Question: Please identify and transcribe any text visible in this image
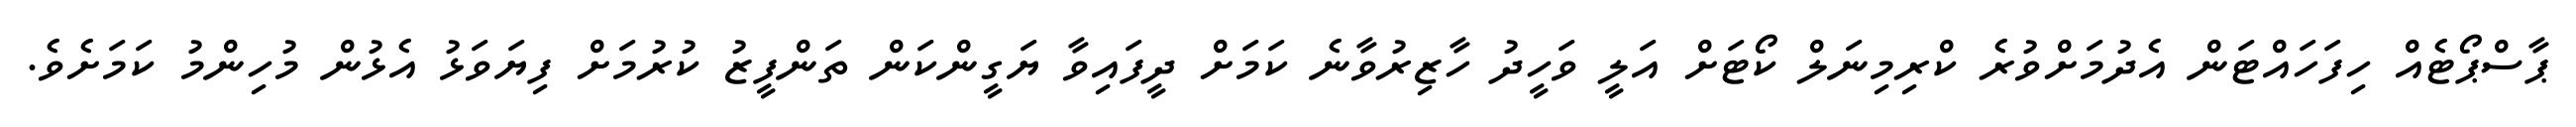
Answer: ޕާސްޕޯޓެއް ހިފަހައްޓަން އެދުމަށްވުރެ ކްރިމިނަލް ކޯޓަށް އަލީ ވަހީދު ހާޒިރުވާނެ ކަމަށް ދީފައިވާ ޔަގީންކަން ތަންފީޒު ކުރުމަށް ފިޔަވަޅު އެޅުން މުހިންމު ކަމަށެވެ.